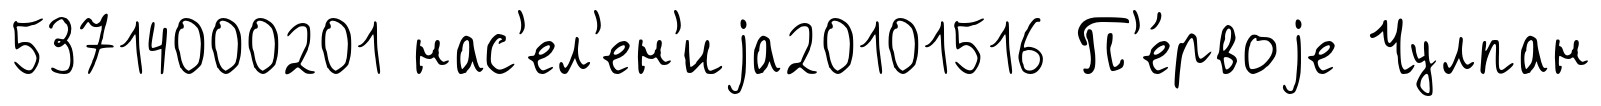
53714000201 нас'ел'ен'иjа20101516 П'е́рвоjе Чулпан